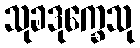
သုခဒုက္ခေသု